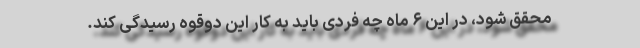
محقق شود، در این ۶ ماه چه فردی باید به کار این دوقوه رسیدگی کند.